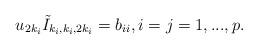
LaTeX: \begin{align*} u_{2k_i } \tilde I_{k_i, k_i, 2k_i} = b_{ii}, i=j=1,..., p.\end{align*}